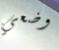
وضعي